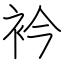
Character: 衿